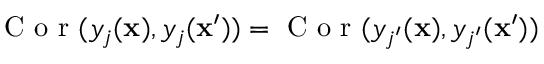
\mathrm { ~ C ~ o ~ r ~ } ( y _ { j } ( \mathbf x ) , y _ { j } ( \mathbf x ^ { \prime } ) ) = \mathrm { ~ C ~ o ~ r ~ } ( y _ { j ^ { \prime } } ( \mathbf x ) , y _ { j ^ { \prime } } ( \mathbf x ^ { \prime } ) )